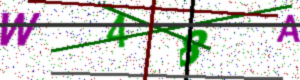
Text: W48A